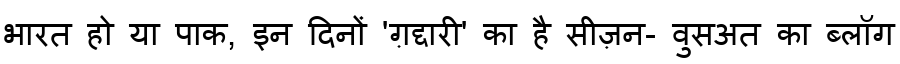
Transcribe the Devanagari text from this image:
भारत हो या पाक, इन दिनों 'ग़द्दारी' का है सीज़न- वुसअत का ब्लॉग